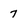
Character: 7